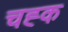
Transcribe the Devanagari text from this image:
चह्क